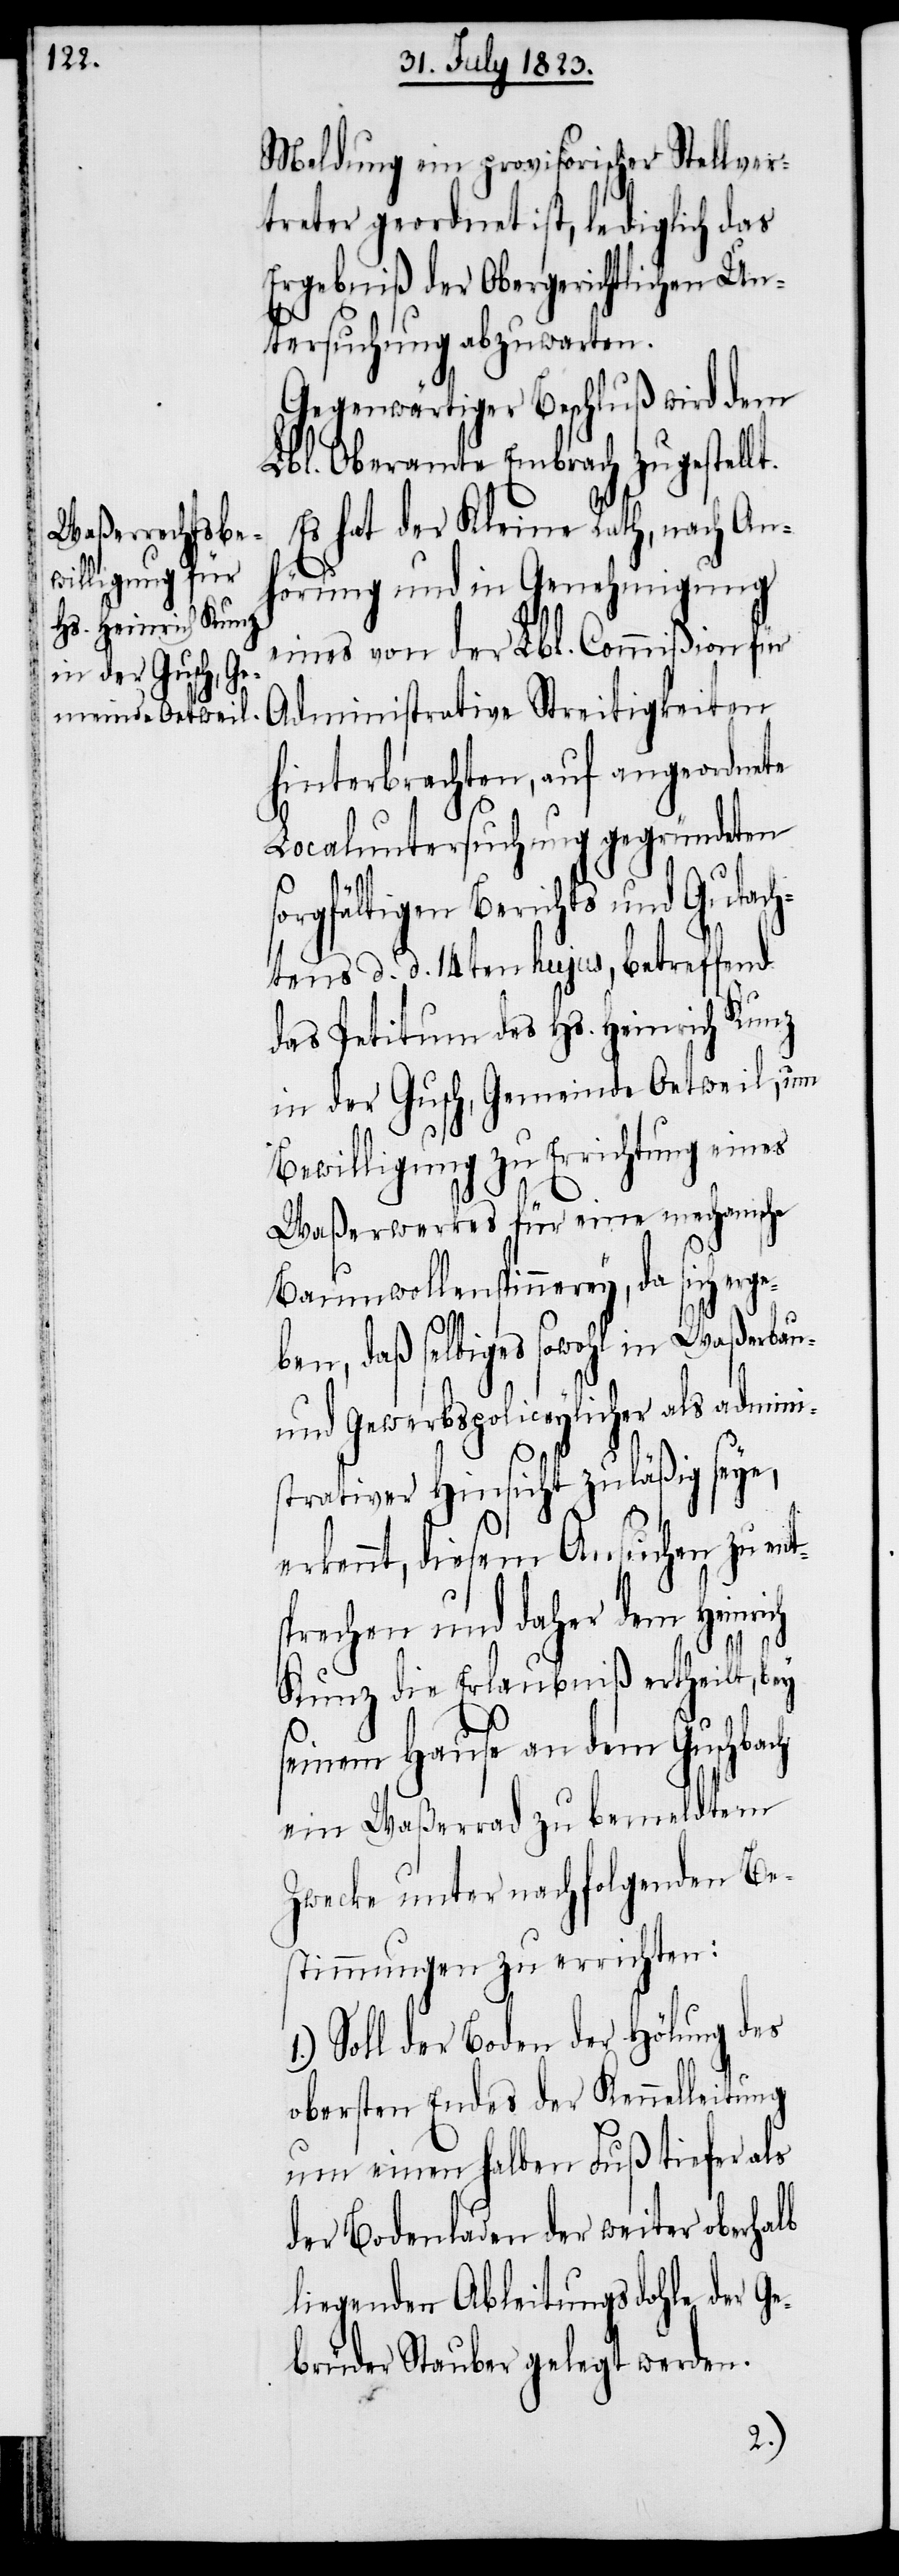
Meldung ein provisorischer Stellver¬
treter geordnet ist, lediglich das
Ergebniß der Obergerichtlichen Un¬
tersuchung abzuwarten.
Gegenwärtiger Beschluß wird dem
Lbl. Oberamte Embrach zugestellt.
Es hat der Kleine Rath, nach An¬
hörung und in Genehmigung
eines von der Lbl. Commißion für
Administrative Streitigkeiten
hinterbrachten, auf angeordnete
Localuntersuchung gegründeten
gfältigen Berichts und Gutach¬
tens d. d. 14ten hujus, betreffend
das Petitum des Hs. Heinrich Kunz
in der Gusch, Gemeinde Oetweil, um
Bewilligung zu Errichtung eines
Waßerwerkes für eine mechanische
Baumwollenspinnerey, da sich erge¬
ben, daß selbiges sowohl in Waßerbau-
und Gewerbspoliceylicher als admini¬
strativer Hinsicht zuläßig seye,
erkennt, diesem Ansuchen zu en¬
prechen und daher dem Heinr¬
Kunz die Erlaubniß ertheilt, bey
seinem Hause an dem Guschbach
ein Waßerrad zu bemeldtem
Zwecke unter nachfolgenden Be¬
stimmungen zu errichten:
1.) Soll der Boden der Hölung des
obersten Endes der Kennelleitung
um einen halben Fuß tiefer als
der Bodenladen der weiter oberhalb
liegenden Ableitungsdohle der G¬
ebrüder Stauber gelegt werden.
ich